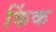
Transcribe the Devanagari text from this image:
किंक